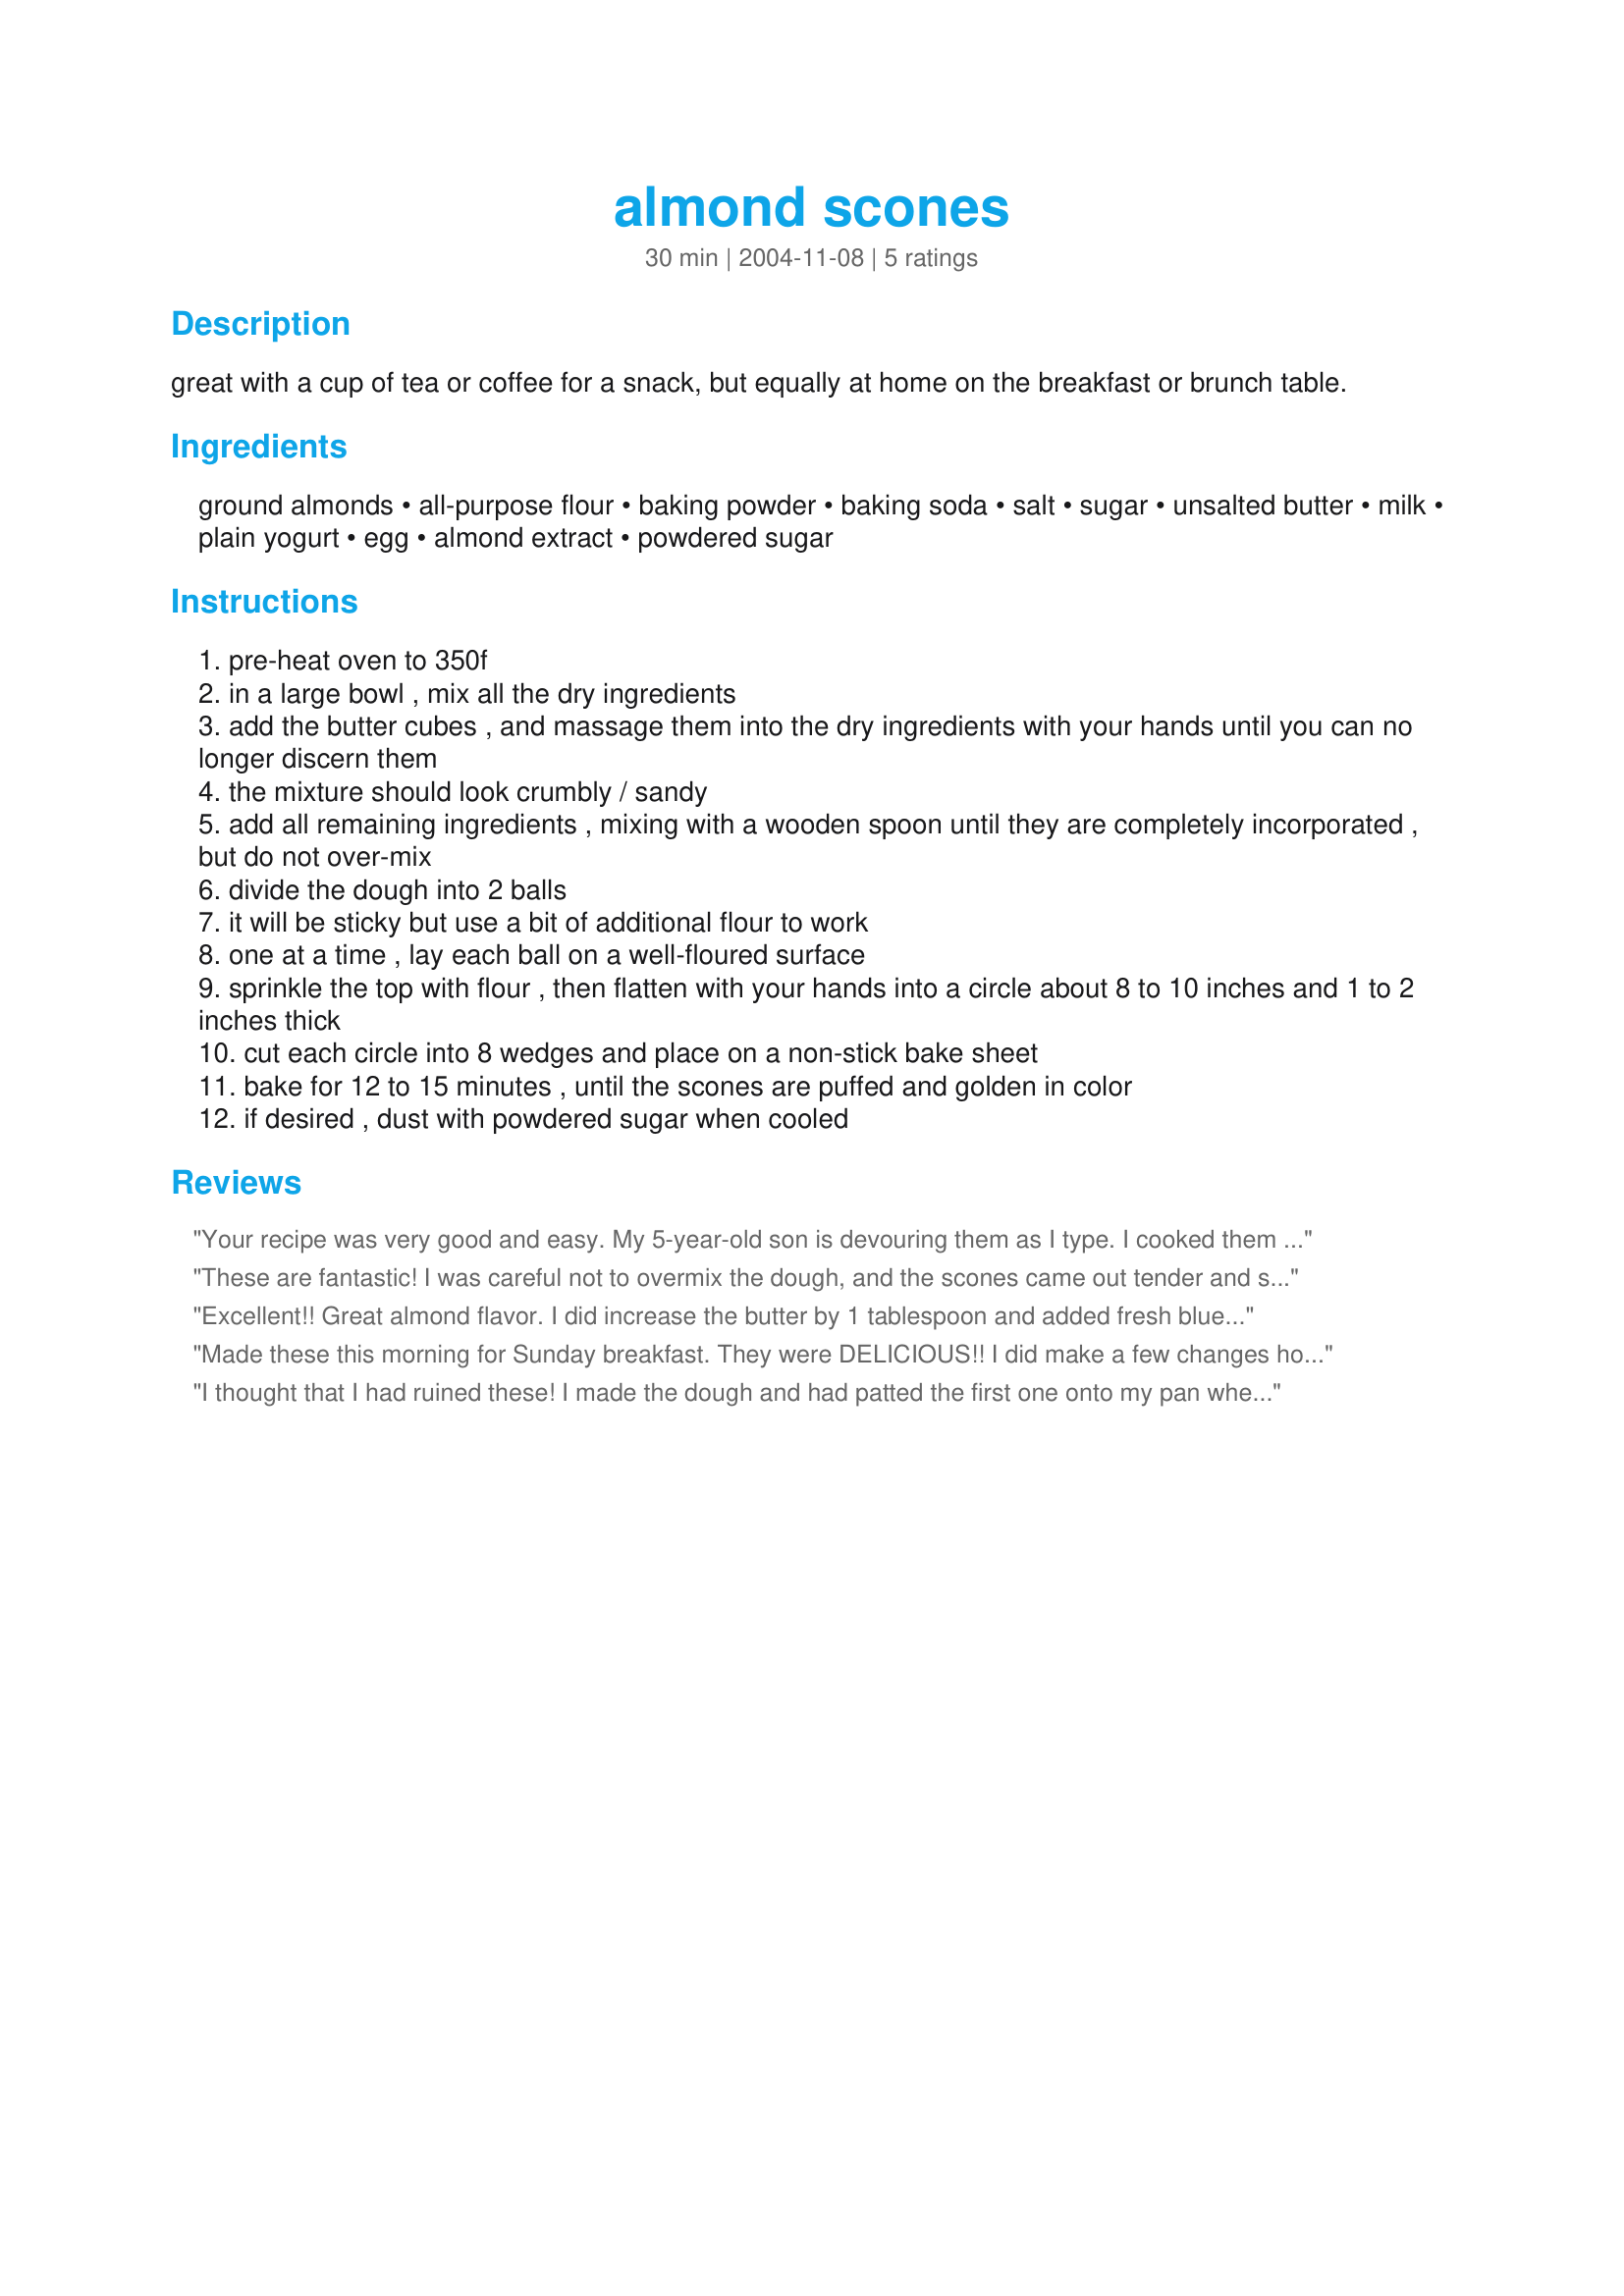
almond scones
Preparation time: 30 minutes

great with a cup of tea or coffee for a snack, but equally at home on the breakfast or brunch table.

Ingredients:
ground almonds, all-purpose flour, baking powder, baking soda, salt, sugar, unsalted butter, milk, plain yogurt, egg, almond extract, powdered sugar

Steps:
pre-heat oven to 350f
in a large bowl , mix all the dry ingredients
add the butter cubes , and massage them into the dry ingredients with your hands until you can no longer discern them
the mixture should look crumbly / sandy
add all remaining ingredients , mixing with a wooden spoon until they are completely incorporated , but do not over-mix
divide the dough into 2 balls
it will be sticky but use a bit of additional flour to work
one at a time , lay each ball on a well-floured surface
sprinkle the top with flour , then flatten with your hands into a circle about 8 to 10 inches and 1 to 2 inches thick
cut each circle into 8 wedges and place on a non-stick bake sheet
bake for 12 to 15 minutes , until the scones are puffed and golden in color
if desired , dust with powdered sugar when cooled

Reviews:
Your recipe was very good and easy. My 5-year-old son is devouring them as I type. I cooked them closer to 18 min on stoneware and the color was a beautiful golden color. Thank you for the great recipe.
These are fantastic! I was careful not to overmix the dough, and the scones came out tender and soft, with a delicate almond flavor. I used sour cream in place of the yogurt. Instead of patting out on the counter, I patted the dough out on two floured pizza pans. After flattening and cutting into wedges, I separated and spaced the scones slightly with a spatula. They were done in 12 minutes, although they didn't brown. Next time, I'll brush with a little milk or egg white before popping in the oven so that they will brown slightly. I served the scones with butter and strawberry jam, and they were scrumptious! This is the first time I have made almond scones, and it certainly won't be the last time! Thanks for posting this recipe, FlemishMinx!
Excellent!! Great almond flavor. I did increase the butter by 1 tablespoon and added fresh blueberries and bing cherries. I also added some slivered almonds, increased the temperature to 375 and sprinkled the scones with sugar before baking. Delicious!!
Made these this morning for Sunday breakfast. They were DELICIOUS!! I did make a few changes however. I used whole wheat flour instead of all purpose (we like that nutty texture) Used plain greek yogurt, flax in place of egg (1 TBSP ground flax mixed with 1 TBSP water). I also added about 1/2 cup chopped walnuts and 1/2 cup dried cranberries. I baked them in the convection oven for approximately 15 minutes. I made them bigger, I only cut the disks into 4ths instead of 1/8ths. I also brushed them with nonfat milk and sprinkled with turbinado sugar. Will definitely be making these again! Thanks for sharing!
I thought that I had ruined these! I made the dough and had patted the first one onto my pan when I realized that I had forgotten to add the egg! So I put it all back in the bowl and added the egg. It made it very wet and I was sure I had ruined these, but they turned out beautifully! I used whole wheat pastry flour instead of the white and soy milk. I also used organic fat free vanilla yogurt. Like Truebrit mine did not brown but they were enjoyed none the less! My picky 5 year old really enjoyed them. I served them as part of "breakfast for dinner" alongside veggie sausage, pancakes, and fruit. Heavy on the carbs but very delicious!
